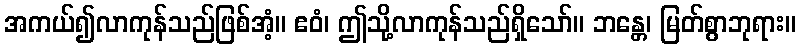
အကယ်၍လာကုန်သည်ဖြစ်အံ့။ ဧဝံ၊ ဤသို့လာကုန်သည်ရှိသော်။ ဘန္တေ၊ မြတ်စွာဘုရား။